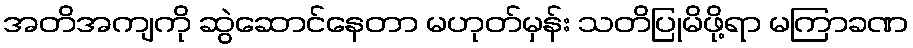
အတိအကျကို ဆွဲဆောင်နေတာ မဟုတ်မှန်း သတိပြုမိဖို့ရာ မကြာခဏ